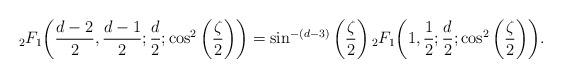
LaTeX: \begin{align*}{}_2 F_1\bigg(\frac{d-2}{2},\frac{d-1}{2};\frac{d}{2};\cos^2\bigg(\frac{\zeta}{2}\bigg)\bigg) = \sin^{-(d-3)} \bigg(\frac{\zeta}{2}\bigg) \, {}_2 F_1\bigg(1,\frac{1}{2};\frac{d}{2};\cos^2\bigg(\frac{\zeta}{2}\bigg)\bigg).\end{align*}